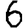
Digit: 6